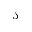
\mathcal { S }